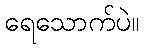
ရေသောက်ပဲ။